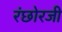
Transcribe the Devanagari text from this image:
रंछोरजी